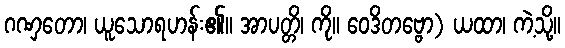
ဂဏှတော၊ ယူသောရဟန်း၏။ အာပတ္တိ၊ ကို။ ဝေဒိတဗ္ဗော) ယထာ၊ ကဲ့သို့။